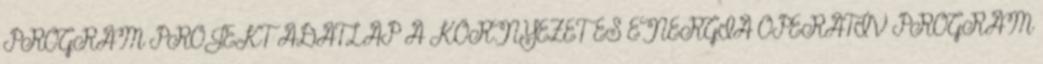
PROGRAM PROJEKT ADATLAP A KÖRNYEZET ÉS ENERGIA OPERATÍV PROGRAM